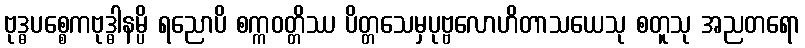
ဗုဒ္ဓပစ္စေကဗုဒ္ဓါနမ္ပိ ရညောပိ စက္ကဝတ္တိဿ ပိတ္တသေမှပုဗ္ဗလောဟိတာသယေသု စတူသု အညတရော